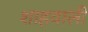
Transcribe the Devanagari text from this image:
शाहवाली